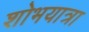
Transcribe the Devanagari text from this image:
शोभयात्रा